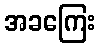
အခကြေး